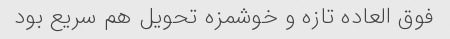
فوق العاده تازه و خوشمزه تحویل هم سریع بود